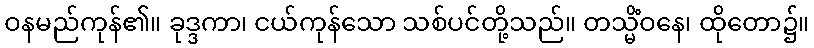
ဝနမည်ကုန်၏။ ခုဒ္ဒကာ၊ ငယ်ကုန်သော သစ်ပင်တို့သည်။ တသ္မိံဝနေ၊ ထိုတော၌။